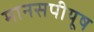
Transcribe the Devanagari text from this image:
मानसपीयूष